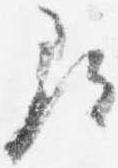
尋